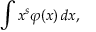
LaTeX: \int x ^ { s } \varphi ( x ) \, d x ,